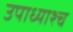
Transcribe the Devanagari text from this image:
उपाध्याश्च